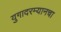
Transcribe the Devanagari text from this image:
युगादरम्यानचा